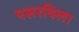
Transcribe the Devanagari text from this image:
पसरविला